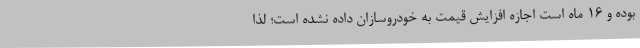
بوده و 16 ماه است اجازه افزایش قیمت به خودروسازان داده نشده است؛ لذا